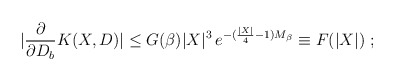
\begin{align*}\left. |\frac{\partial}{\partial D_{b}} K(X,D)| \leq G(\beta) |X|^{3} \, e^{-(\frac{|X|}{4} - 1) M_{\beta} } \equiv F(|X|) \ ; \right.\end{align*}